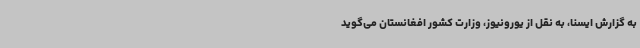
به گزارش ایسنا، به نقل از یورونیوز، وزارت کشور افغانستان می‌گوید